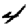
Digit: 4